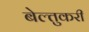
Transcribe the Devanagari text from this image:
बेल्तुकरी